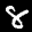
Label: 8